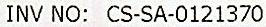
INV NO: CS-SA-0121370